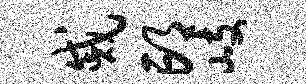
戚邙岐